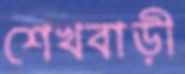
শেখবাড়ী